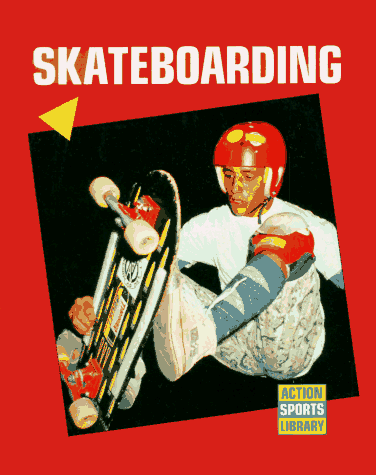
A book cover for Skateboarding (Action Sports Library); Bob Italia; Sports & Outdoors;